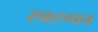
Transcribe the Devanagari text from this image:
स्वरुपच